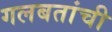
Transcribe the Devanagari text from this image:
गलबतांची